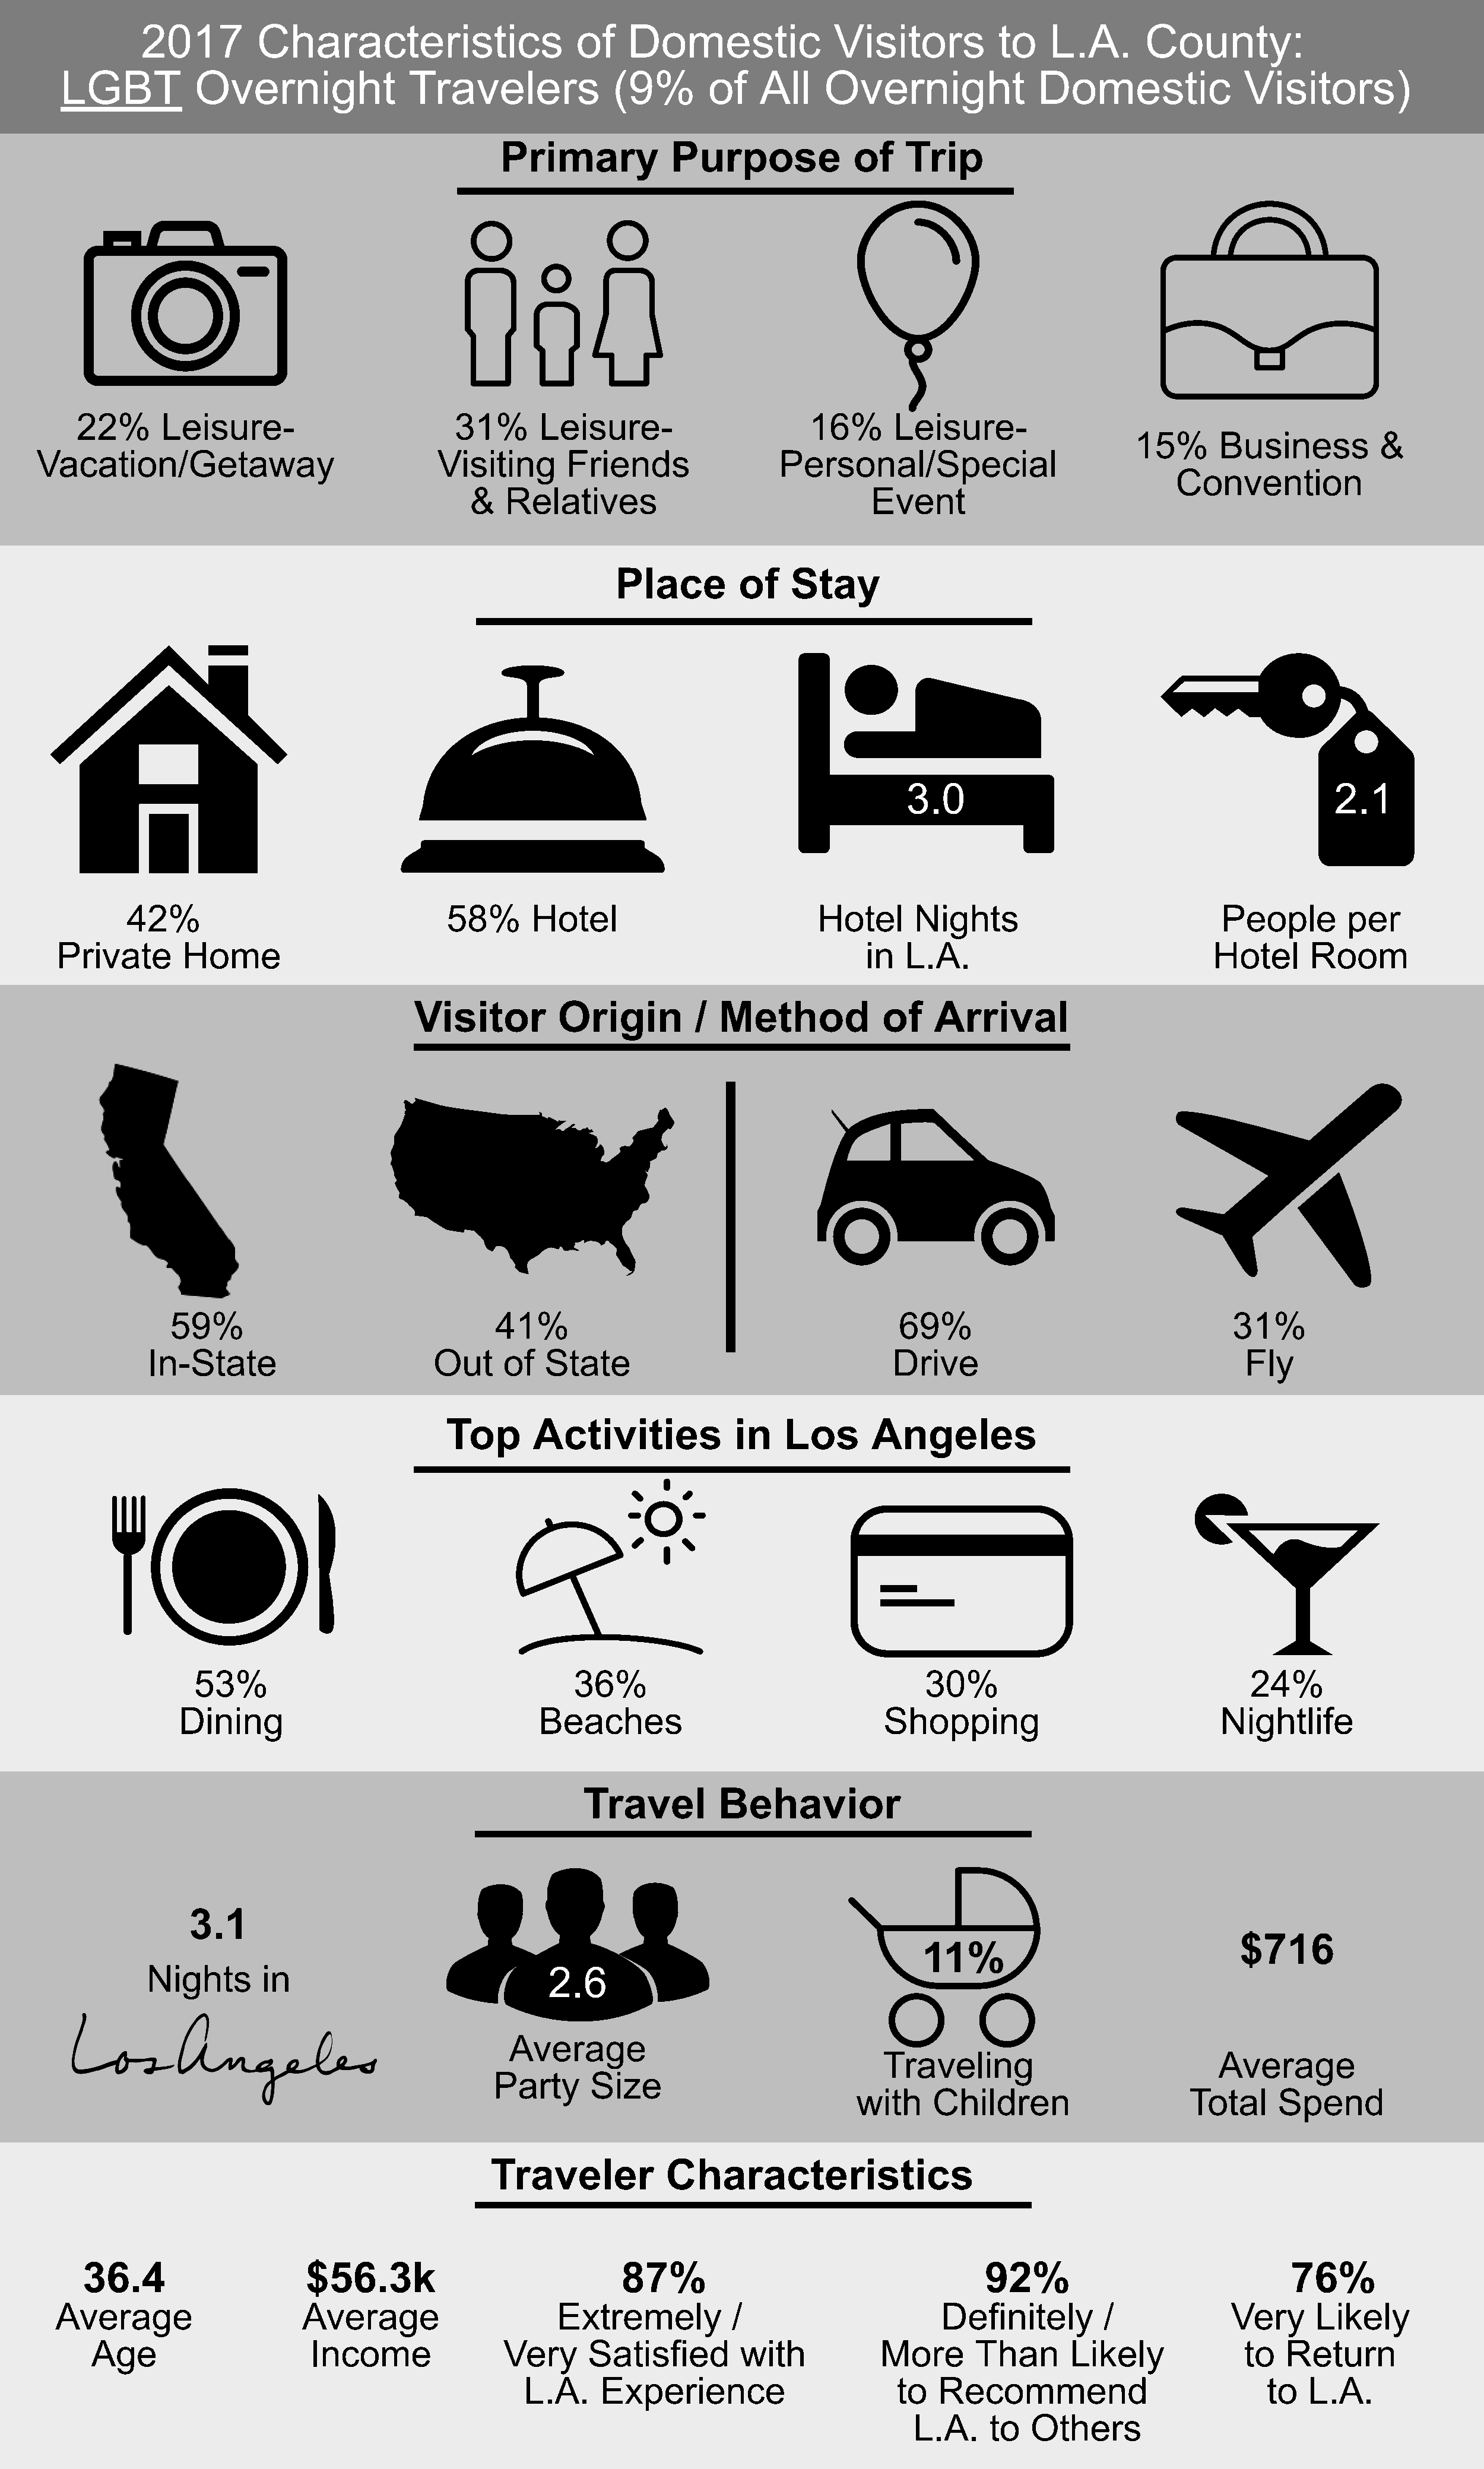
2017         Characteristics                    of    Domestic               Visitors          to    L.A.       County:
 LGBT           Overnight               Travelers             (9%        of    All    Overnight               Domestic               Visitors)
 Primary            Purpose             of    Trip
 22%      Leisure-                         31%      Leisure-                      16%       Leisure-
 15%      Business          &
 Vacation/Getaway                             Visiting      Friends                 Personal/Special
 Convention
 &   Relatives                                Event
 Place        of    Stay
 3.0                                             2.1
 42%                                 58%      Hotel                           Hotel      Nights                            People        per
 Private       Home                                                                         in  L.A.                              Hotel      Room
 Visitor         Origin          / Method            of    Arrival
 59%                                 41%                                          69%                                  31%
 In-State                        Out     of   State                                  Drive                                  Fly
 Top      Activities             in   Los       Angeles
 53%                                       36%                                    30%                                 24%
 Dining                                  Beaches                                Shopping                             Nightlife
 Travel         Behavior
 3.1
 $716
 11%
 Nights       in                              2.6
 Average
 Traveling                             Average
 Party      Size
 with    Children                     Total     Spend
 Traveler           Characteristics
 36.4                     $56.3k                             87%                                      92%                               76%
 Averag       e              Average                     Extremely           /                      Definitel      y  /             Very      Like   ly
 Age                      Income               Very      Satisfied        with           More       Than      Likely              to  Return
 L.A.     Experience                       to   Recommend                           to   L.A.
 L.A.    to   Others